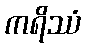
ကရိဿံ